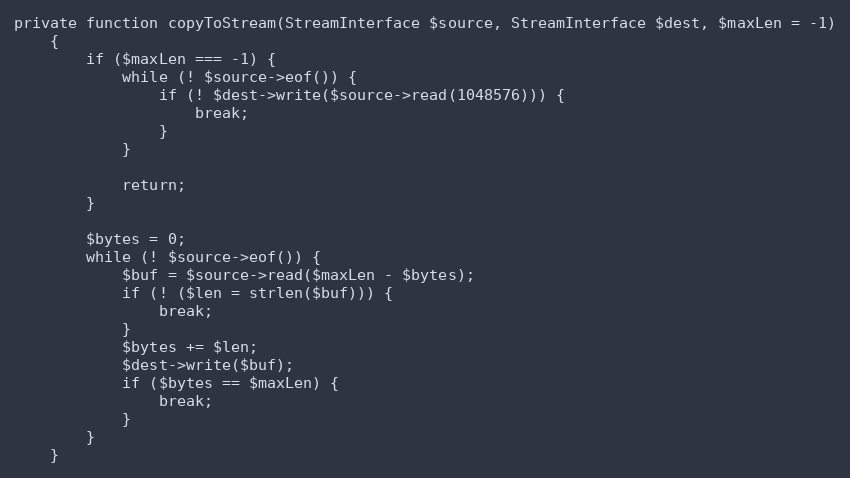
Language: PHP
private function copyToStream(StreamInterface $source, StreamInterface $dest, $maxLen = -1)
    {
        if ($maxLen === -1) {
            while (! $source->eof()) {
                if (! $dest->write($source->read(1048576))) {
                    break;
                }
            }

            return;
        }

        $bytes = 0;
        while (! $source->eof()) {
            $buf = $source->read($maxLen - $bytes);
            if (! ($len = strlen($buf))) {
                break;
            }
            $bytes += $len;
            $dest->write($buf);
            if ($bytes == $maxLen) {
                break;
            }
        }
    }